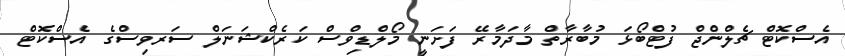
އެސްކޮޓް ޗެލްންޖް ފުޓްބޯޅަ މުބާރާތް މާދަމާރޭ ފަށަނީ މޯލްޑިވްސް ކަރެކްޝަނަލް ސަރވިސްގެ އެސްކޮޓް